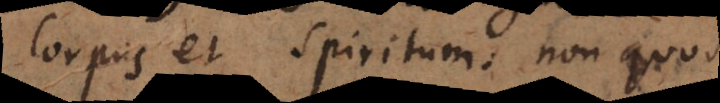
Corpus et Spiritum, non quod